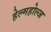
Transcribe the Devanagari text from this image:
हेल्महोल्ज